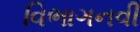
વિભાગનવી